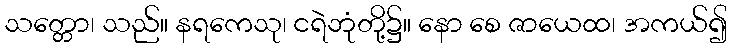
သတ္တော၊ သည်။ နရကေသု၊ ငရဲဘုံတို့၌။ နော စေ ဇာယေထ၊ အကယ်၍